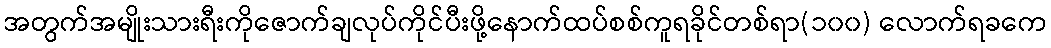
အတွက်အမျိုးသားရီးကိုဇောက်ချလုပ်ကိုင်ပီးဖို့နောက်ထပ်စစ်ကူရခိုင်တစ်ရာ(၁၀၀) လောက်ရခကေ